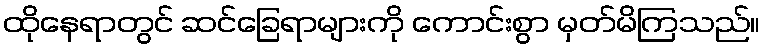
ထိုနေရာတွင် ဆင်ခြေရာများကို ကောင်းစွာ မှတ်မိကြသည်။